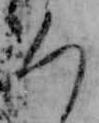
ろ